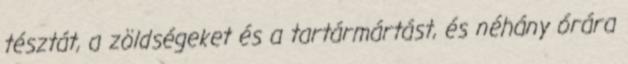
tésztát, a zöldségeket és a tartármártást, és néhány órára